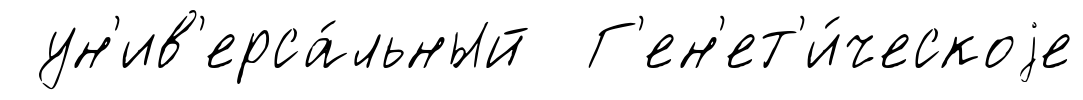
ун'ив'ерса́льный Г'ен'ет'и́ческоjе